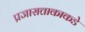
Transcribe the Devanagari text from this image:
प्रजासत्ताकाकडे